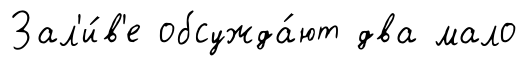
Зал'и́в'е обсужда́ют два мало